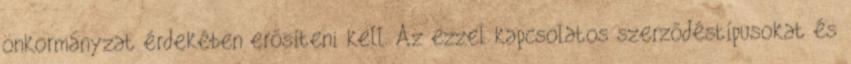
önkormányzat érdekében erősíteni kell. Az ezzel kapcsolatos szerződéstípusokat és